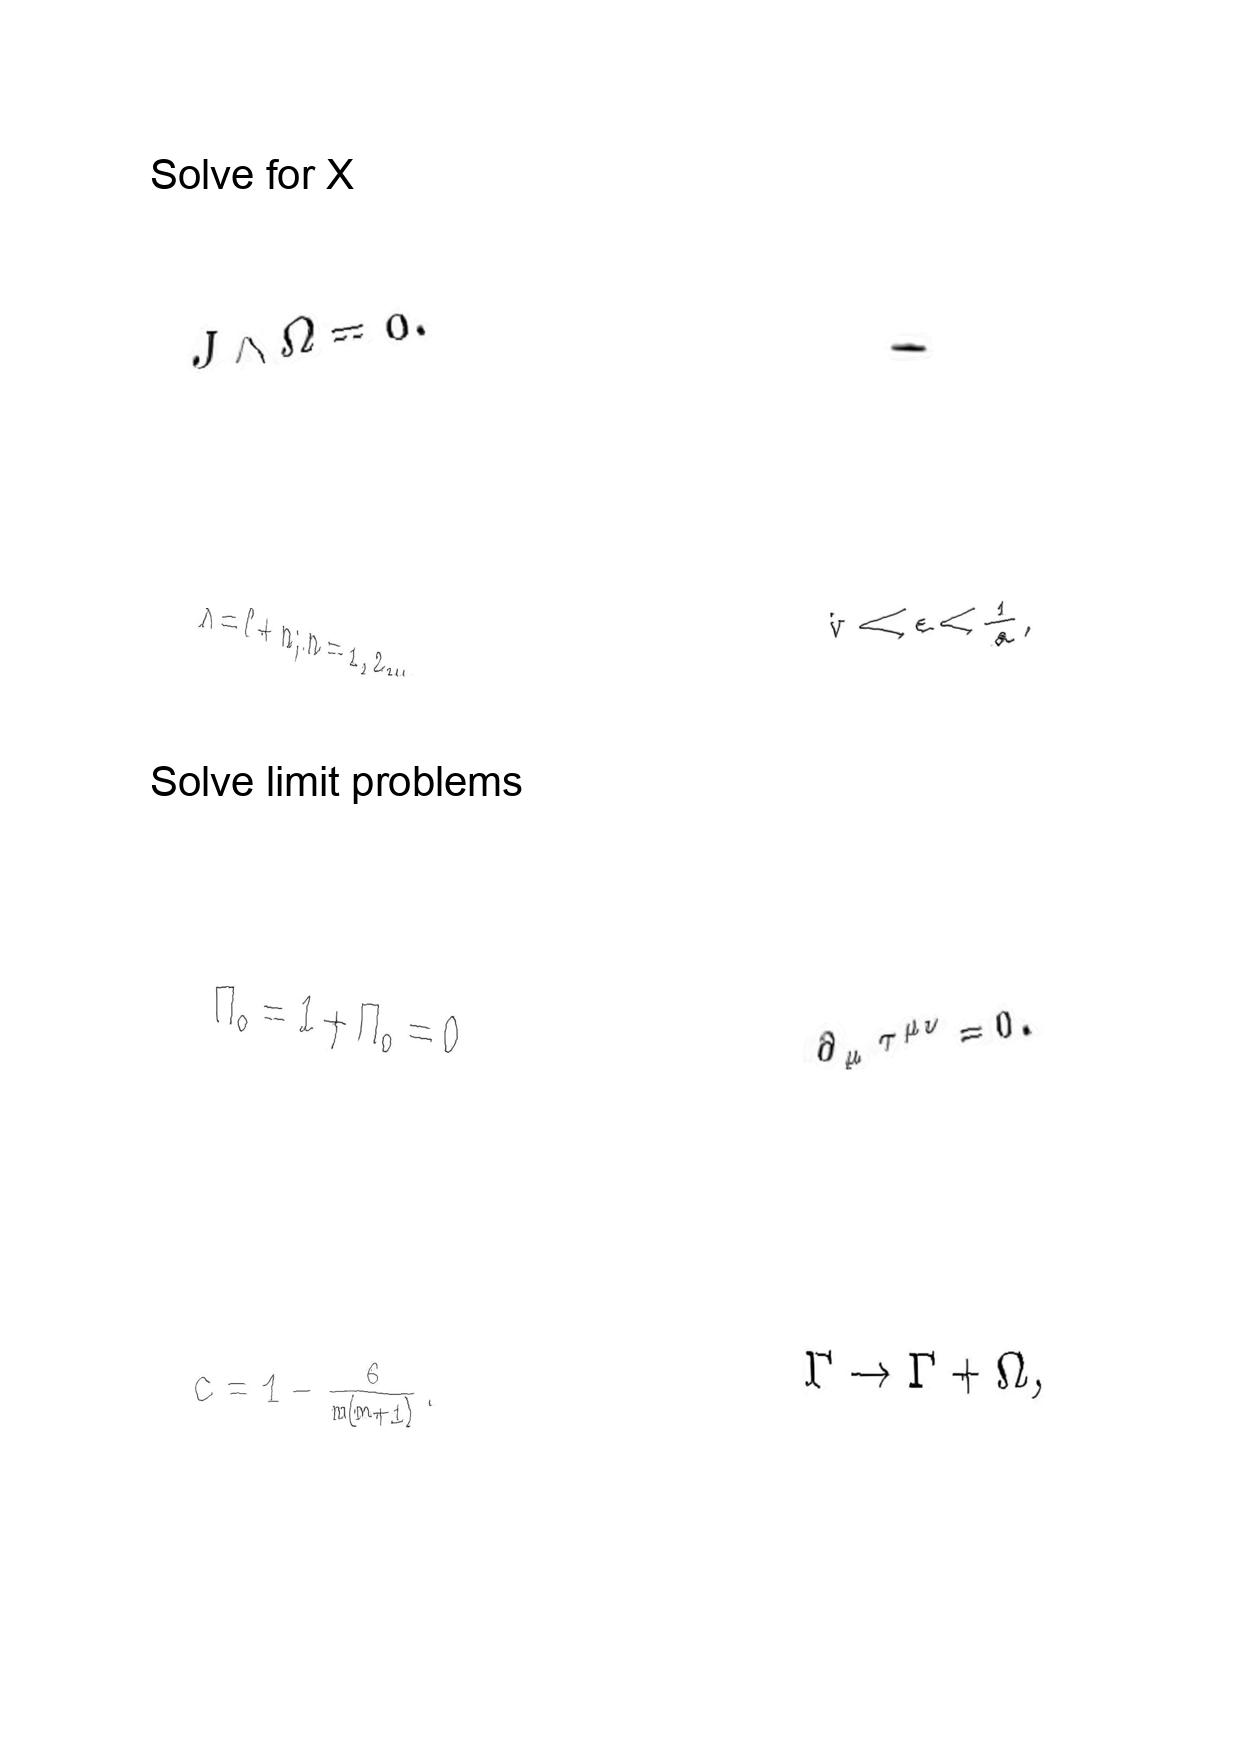
LaTeX transcription:
J \wedge \Omega = 0 .
\lambda = \ell + n ; n = 1 , 2 , \ldots .
\tilde { \Pi } _ { o } = 1 + \Pi _ { o } = 0
c = 1 - \frac { 6 } { m \lparen m + 1 \rparen } .
.
\tilde { v } \ll \epsilon \lt \frac { 1 } { a } ,
\partial _ { \mu } \tau ^ { \mu \nu } = 0 .
\Gamma \rightarrow \Gamma + \Omega ,